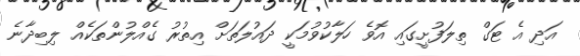
އަދި އެ ޓަގް ތިލަފުށީގައި އޮވެ ހަލާކުވުމަކީ ދައުލަތަށް އިތުރު ގެއްލުންތަކެއް ލިބިދާނެ